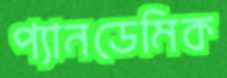
প্যানডেমিক